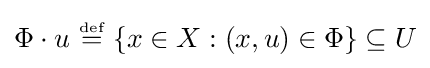
\Phi \cdot u~{\stackrel {\scriptscriptstyle {\text{def}}}{=}}~\{x\in X:(x,u)\in \Phi \}\subseteq U